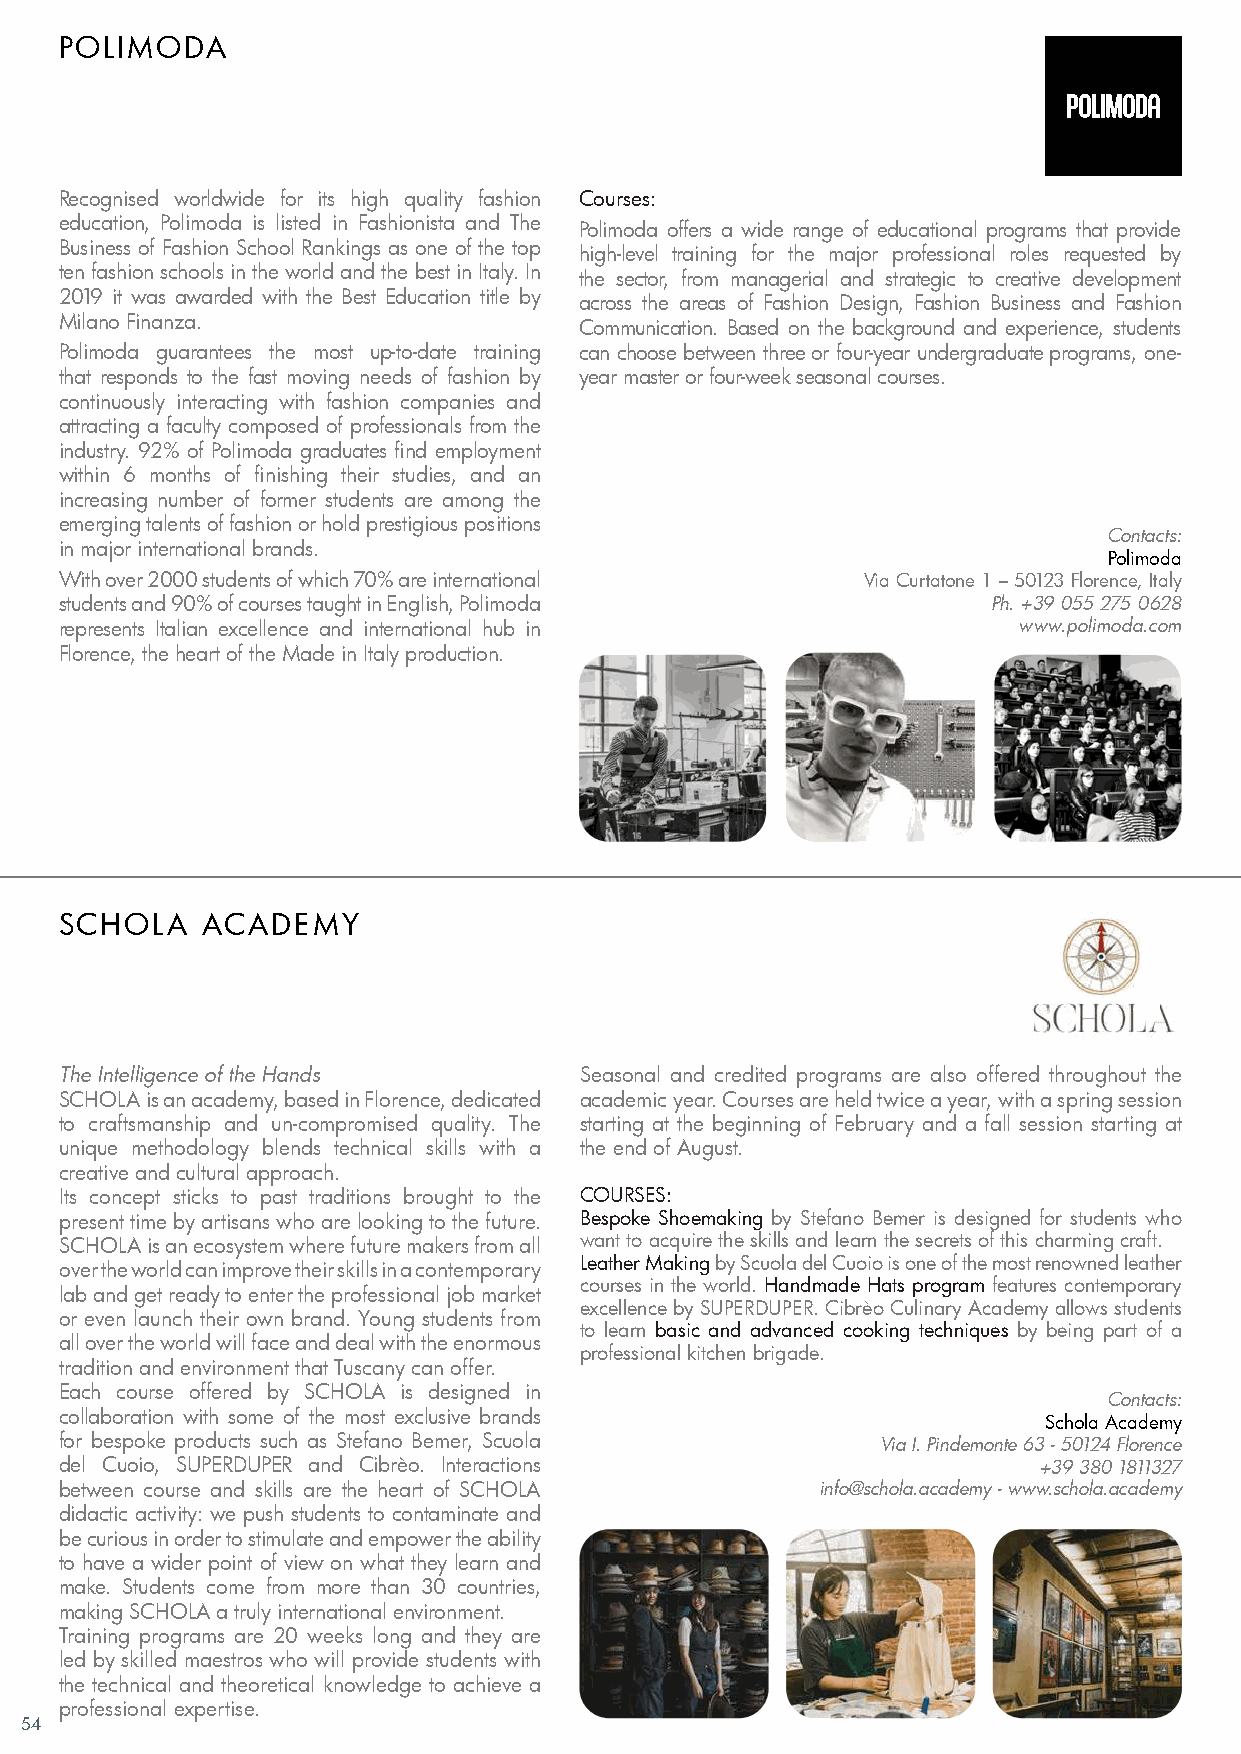
POLIMODA
 Recognised worldwide for its high quality fashion Courses:
 education, Polimoda is listed in Fashionista and The
 Polimoda offers a wide range of educational programs that provide
 Business of Fashion School Rankings as one of the top
 high-level training for the major professional roles requested by
 ten fashion schools in the world and the best in Italy. In
 the sector, from managerial and strategic to creative development
 2019 it was awarded with the Best Education title by
 across the areas of Fashion Design, Fashion Business and Fashion
 Milano Finanza.
 Communication. Based on the background and experience, students
 Polimoda guarantees the most up-to-date training can choose between three or four-year undergraduate programs, one-
 that responds to the fast moving needs of fashion by year master or four-week seasonal courses.
 continuously interacting with fashion companies and
 attracting a faculty composed of professionals from the
 industry. 92% of Polimoda graduates find employment
 within 6 months of finishing their studies, and an
 increasing number of former students are among the
 emerging talents of fashion or hold prestigious positions
 Contacts:
 in major international brands.
 Polimoda
 With over 2000 students of which 70% are international Via Curtatone 1 – 50123 Florence, Italy
 students and 90% of courses taught in English, Polimoda       Ph. +39 055 275 0628
 represents Italian excellence and international hub in         www.polimoda.com
 Florence, the heart of the Made in Italy production.
 SCHOLA   ACADEMY
 The Intelligence of the Hands     Seasonal and credited programs are also offered throughout the
 SCHOLA is an academy, based in Florence, dedicated academic year. Courses are held twice a year, with a spring session
 to craftsmanship and un-compromised quality. The starting at the beginning of February and a fall session starting at
 unique methodology blends technical skills with a the end of August.
 creative and cultural approach.
 Its concept sticks to past traditions brought to the COURSES:
 present time by artisans who are looking to the future. Bespoke Shoemaking by Stefano Bemer is designed for students who
 SCHOLA is an ecosystem where future makers from all want to acquire the skills and learn the secrets of this charming craft.
 Leather Making by Scuola del Cuoio is one of the most renowned leather
 over the world can improve their skills in a contemporary
 courses in the world. Handmade Hats program features contemporary
 lab and get ready to enter the professional job market
 excellence by SUPERDUPER. Cibrèo Culinary Academy allows students
 or even launch their own brand. Young students from
 to learn basic and advanced cooking techniques by being part of a
 all over the world will face and deal with the enormous
 professional kitchen brigade.
 tradition and environment that Tuscany can offer.
 Each course offered by SCHOLA is designed in
 Contacts:
 collaboration with some of the most exclusive brands
 Schola Academy
 for bespoke products such as Stefano Bemer, Scuola    Via I. Pindemonte 63 - 50124 Florence
 del Cuoio, SUPERDUPER and Cibrèo. Interactions                   +39 380 1811327
 between course and skills are the heart of SCHOLA info@schola.academy - www.schola.academy
 didactic activity: we push students to contaminate and
 be curious in order to stimulate and empower the ability
 to have a wider point of view on what they learn and
 make. Students come from more than 30 countries,
 making SCHOLA a truly international environment.
 Training programs are 20 weeks long and they are
 led by skilled maestros who will provide students with
 the technical and theoretical knowledge to achieve a
 professional expertise.
 54